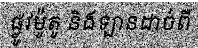
ផ្លូវម៉ូតូ និងឡានដាច់ពី